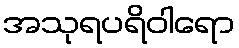
အသုရပရိဝါရော